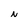
Character: N